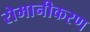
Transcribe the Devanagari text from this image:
रोमानीकरण